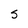
Character: s